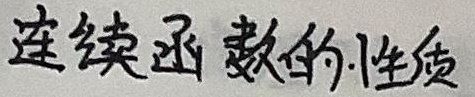
连续函数的性质